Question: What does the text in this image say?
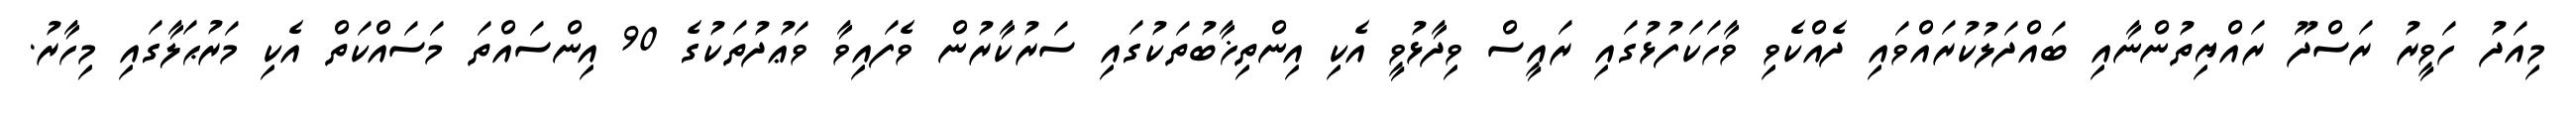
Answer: މިއަދު ހަވީރު ރަސްދޫ ރައްޔިތުންނާއި ބައްދަލުކުރައްވައި ދެއްކެވި ވާހަކަފުޅުގައި ރައީސް ވިދާޅުވީ އެކި އިންތިޚާބުތަކުގައި ސަރުކާރުން ވެފައިވާ ވަޢުދުތަކުގެ 90 އިންސައްތަ މަސައްކަތް އެކި މަރުޙަލާގައި މިހާރު.